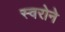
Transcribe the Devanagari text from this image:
स्वरोने